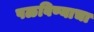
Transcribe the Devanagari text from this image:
पळविण्याचा